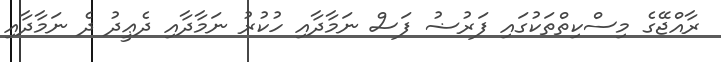
ރާއްޖޭގެ މިސްކިތްތަކުގައި ފަރުޟު ފަސް ނަމާދާއި ހުކުރު ނަމާދާއި ދެޢީދު ދެ ނަމާދާއި